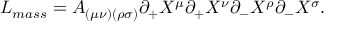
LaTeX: L _ { m a s s } = A _ { ( \mu \nu ) ( \rho \sigma ) } \partial _ { + } X ^ { \mu } \partial _ { + } X ^ { \nu } \partial _ { - } X ^ { \rho } \partial _ { - } X ^ { \sigma } .